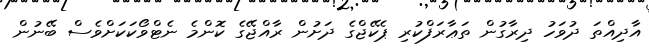
އާދިއްތަ ދުވަހު ދިރާގުން ތަޢާރަފްކުރި ޕެކޭޖްގެ ދަށުން ރާއްޖޭގެ ކޮންމެ ނެޓްވޯކަކަށްވެސް ބޭނުން